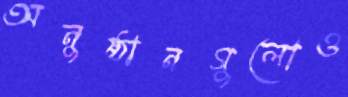
অনুষ্ঠানগুলোও